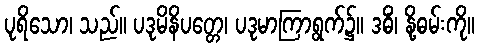
ပုရိသော၊ သည်။ ပဒုမိနိပတ္တေ၊ ပဒုမာကြာရွက်၌။ ဒဓိံ၊ နို့ဓမ်းကို။